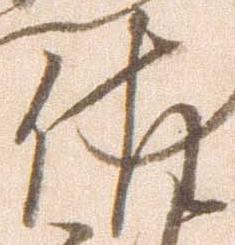
佐